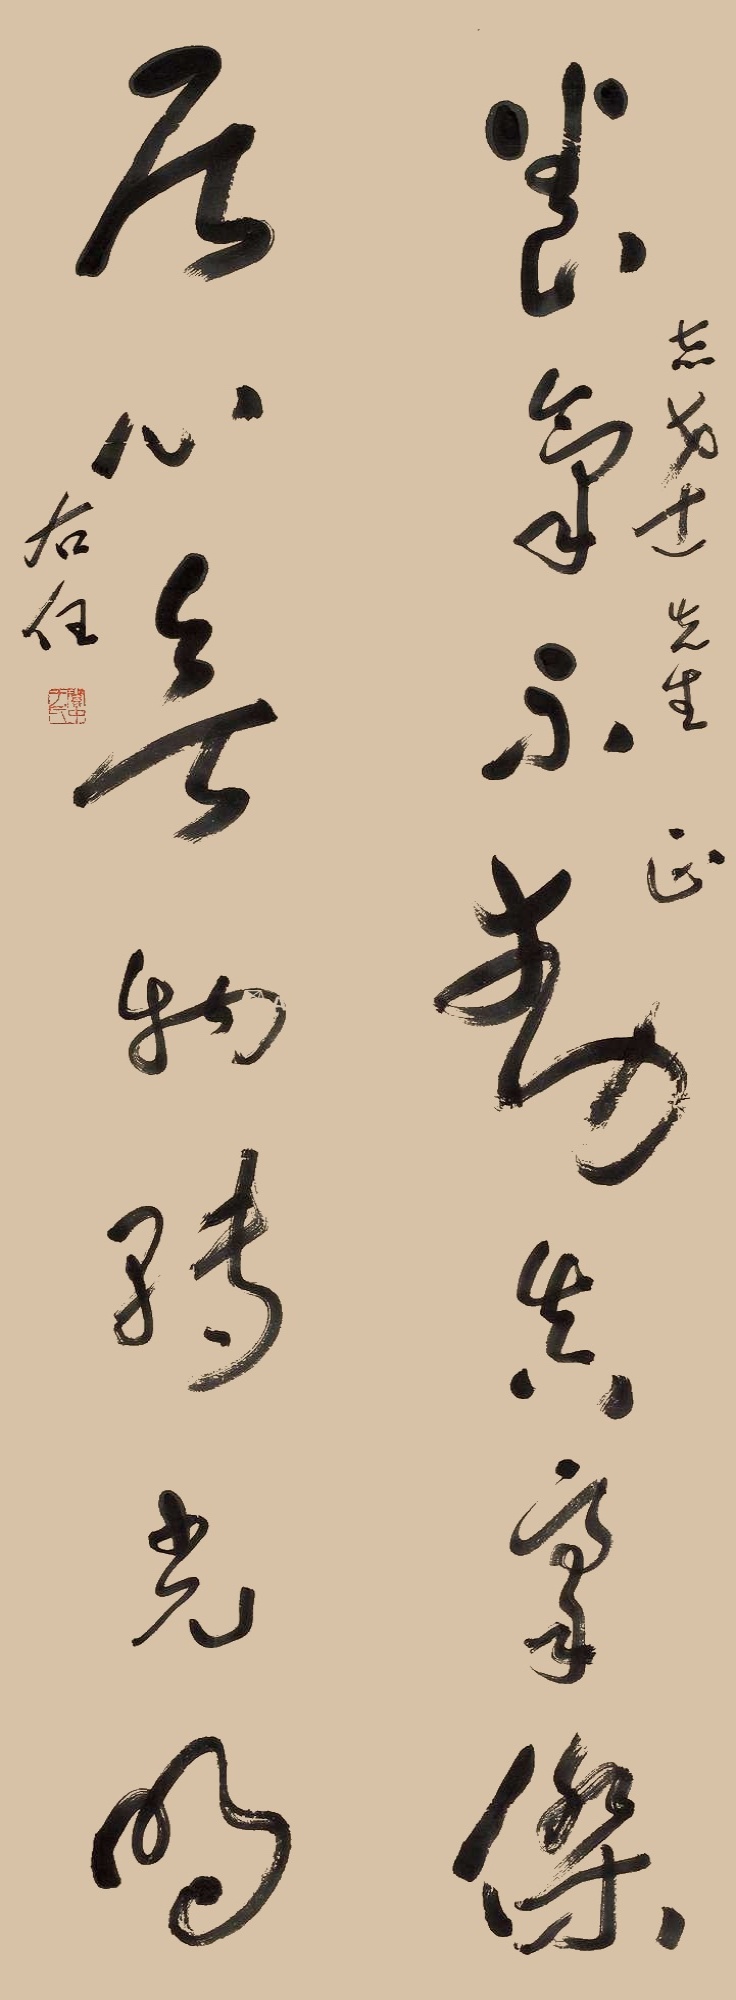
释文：养气不动真豪杰，居心无物转光明。志达先生正，右任。